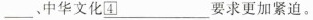
___中华文化\underline{\boxed{4}}要求更加紧迫。